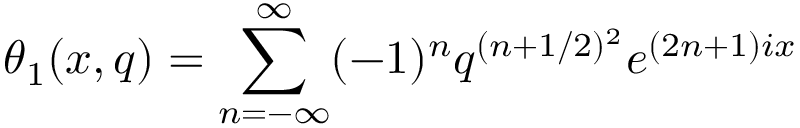
\theta _ { 1 } ( x , q ) = \sum _ { n = - \infty } ^ { \infty } ( - 1 ) ^ { n } q ^ { ( n + 1 / 2 ) ^ { 2 } } e ^ { ( 2 n + 1 ) i x }